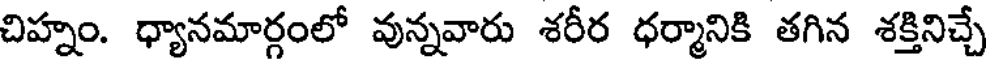
చిహ్నం. ధ్యానమార్గంలో వున్నవారు శరీర ధర్మానికి తగిన శక్తినిచ్చే